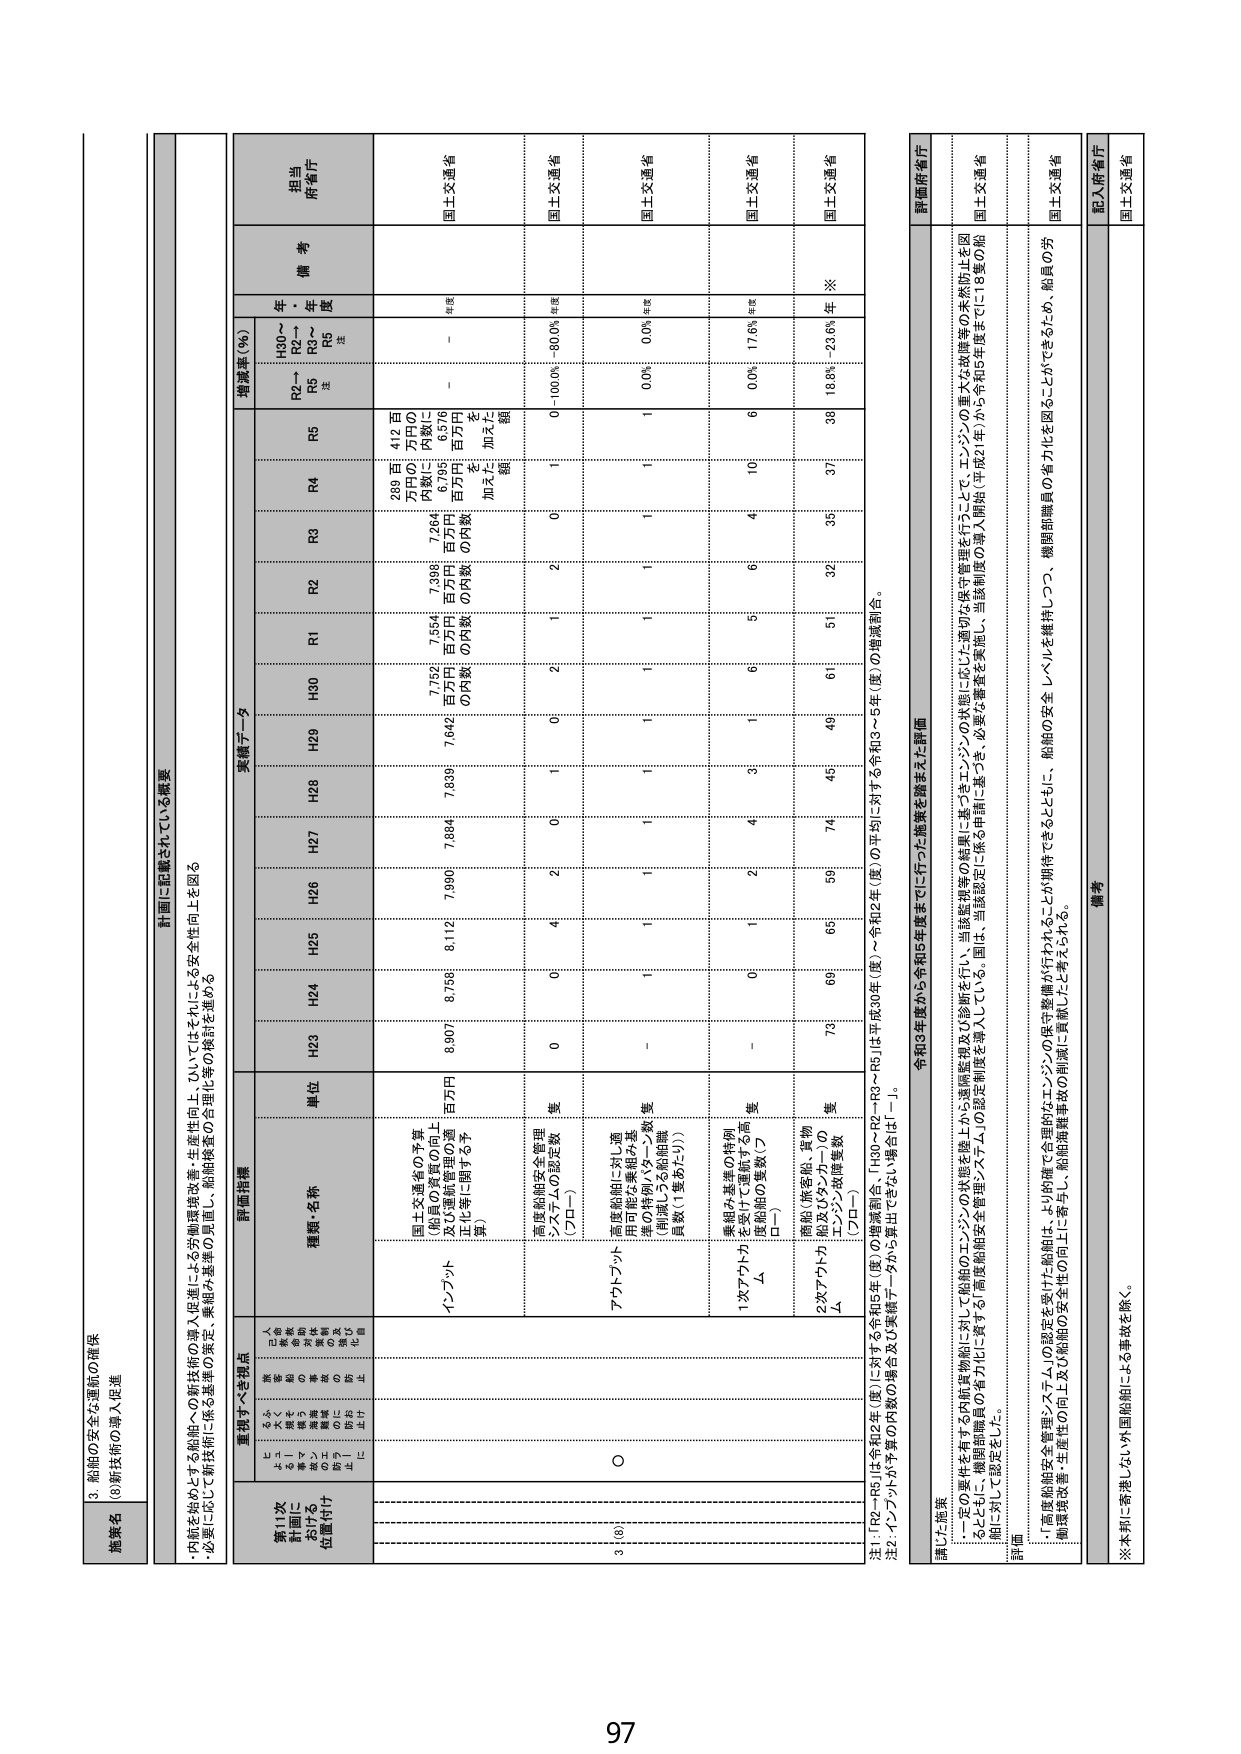
3. 船舶の安全な運航の確保
(3) 新技術の導入促進

施策名

計画に記載されている概要
・内航を始めとする船舶への新技術の導入促進による労働環境改善・生産性向上、ひいてはそれらによる安全性向上を図る
・必要に応じて新技術に係る基準の策定・業種内連携の充実し、船舶検査の合理化等の検討を進める

重視すべき視点
新11次
計画に
おける
位置付け
人命・安全・環境・労働条件・生産性・技術革新・国際競争力・制度整備・社会的責任・自主性

評価指標
種類・名称
単位
実績データ
増減率（％）
備考
担当
府省庁

H30～R2→
R2～R5
注
年
度
注

H23
H24
H25
H26
H27
H28
H29
H30
R1
R2
R3
R4
R5

インフラ
国土交通省の予算
（船員の資質の向上
及び運航管理の適
正化等に関する予
算）
百万円
7,554
7,398
7,642
7,894
8,112
7,990
8,071
7,752
7,264
289 百万円の内訳に6,795百万円を加えた額
－
年度
国土交通省

高度船舶安全管理
システムの認定数
（プロ－）
隻
0
0
4
2
0
1
0
2
2
0
1
0～100.0%
－80.0%
年度
国土交通省

アカウント
高度船舶に対し運
用可能な維持と運
維の特別バターン数
（削減しうる船舶職
員数（1隻あたり））
隻
－
1
1
1
1
1
1
1
1
1
0.0%
0.0%
年度
国土交通省

1次アカウントカ
ム
乗組み基準の検討
を受けた運航する高
度船舶の隻数（プロ－）
隻
－
0
1
2
4
3
1
6
5
4
10
6
0.0%
17.6%
年度
国土交通省

2次アカウントカ
ム
機船（旅客船、貨物
船及びタンカー）の
エンジン故障隻数
（プロ－）
隻
73
69
65
59
74
45
49
61
51
32
35
37
38
18.8%
23.6%
年
※
国土交通省

注1：「R2～R5」は令和2年度に対する令和5年度の推移割合。「H30～R2～R3～R4～R5」は平成30年度～令和5年度（度）の平均に対する令和3～5年度の増減割合。
注2：インフラが予算の内訳の場合は及び実績データから算出できない場合は「－」。

講じた施策
・一定の要件を有する内航貨物船に対して船舶のエンジンの状態を陸上から遠隔監視及び診断を行い、当該監視結果に基づきエンジンに応じた適切な保守管理を行うことで、エンジンの重大な故障等の未然防止を図るとともに、機関部職員の省力化を図ること。
・さらに、高度船舶安全管理システムの認定制度を導入している。国は、当該認定に係る申請に基づき、必要な審査を実施し、当該制度の導入開始（平成21年）から令和5年度までに18隻の船舶に対して認定をした。

評価
・「高度船舶安全管理システム」の認定を受けた船舶は、より的確で合理的なエンジンの保守整備が行われることが期待できるとともに、機関部職員の省力化を維持しつつ、船舶の安全レベルを維持し、船舶の労働環境改善・生産性の向上及び船舶の安全性の向上に寄与し、航路運航事故の削減に貢献したと考えられる。

備考
※本邦に寄港しない外国船舶による事故を除く。

記入府省庁
国土交通省

97